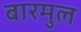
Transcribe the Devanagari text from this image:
बारमुल